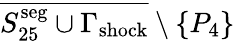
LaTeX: \overline{{S_{25}^{\mathrm{seg}}\cup\Gamma_{\mathrm{{shock}}}}}\setminus{\{ P_{4}\} }